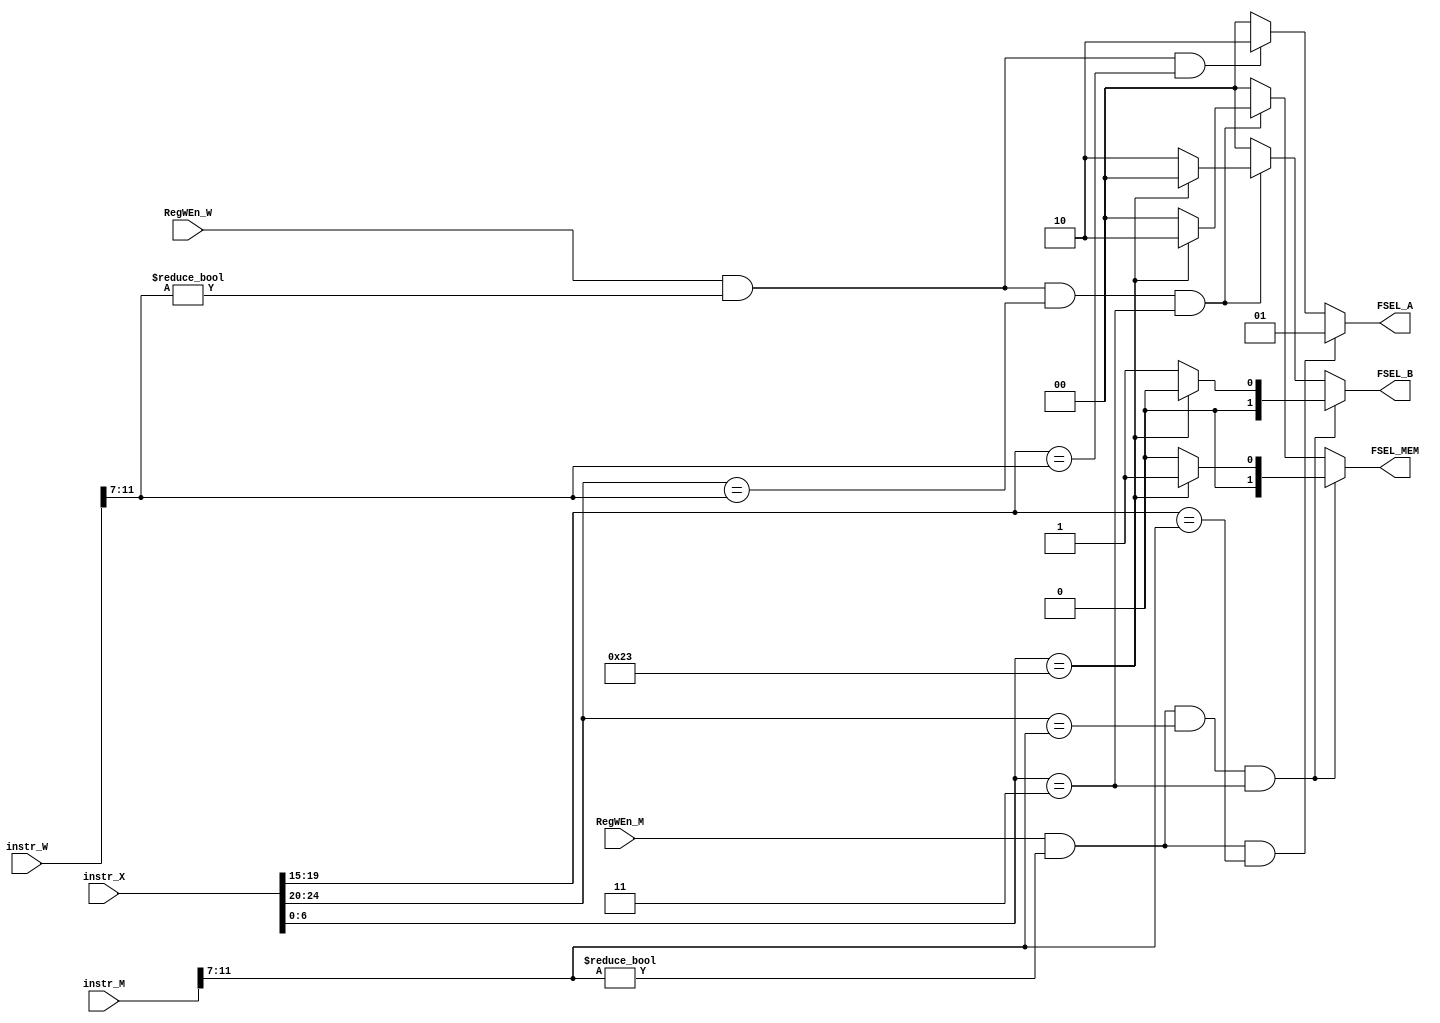
module forward_unit ( 
    input [31:0] instr_X ,
    input [31:0] instr_M,
    input [31:0] instr_W,
    input RegWEn_M,
    input RegWEn_W,
    output reg [1:0] FSEL_A,
    output reg [1:0] FSEL_B,
    output reg [1:0] FSEL_MEM


);

wire[4:0] instr_X_rs1 = instr_X[19:15];
wire[4:0] instr_X_rs2 =  instr_X[24:20];
wire[6:0] instr_X_opcode=instr_X[6:0];

wire[4:0] instr_M_rd= instr_M[11:7];
wire[4:0] instr_W_rd= instr_W[11:7];

always @(*) begin
    if(RegWEn_M & (instr_M_rd!=0)& (instr_X_rs1==instr_M_rd))
    begin
        FSEL_A=1;
    end
    else if (RegWEn_W & (instr_W_rd!=0)& (instr_X_rs1==instr_W_rd))
    begin
        FSEL_A=2;
    end
    else
    begin
        FSEL_A=0;
    end

    if(RegWEn_M & (instr_M_rd!=0)& (instr_X_rs2==instr_M_rd) &(instr_X_opcode=='h3) )
    begin
        if(instr_X_opcode=='h23)
        begin
            FSEL_B=0;
            FSEL_MEM=1;
        end
        else
        begin
            FSEL_B=1;
            FSEL_MEM=0;
        end
    end
        else if (RegWEn_W & (instr_W_rd!=0)& (instr_X_rs2==instr_W_rd)&(instr_X_opcode=='h3))
    begin
        if(instr_X_opcode=='h23)
        begin
            FSEL_B=0;
            FSEL_MEM=2;
        end
        else
        begin
            FSEL_B=2;
            FSEL_MEM=0;
        end
    end
    else
    begin
        FSEL_B=0;
        FSEL_MEM=0;
    end
end
    
endmodule